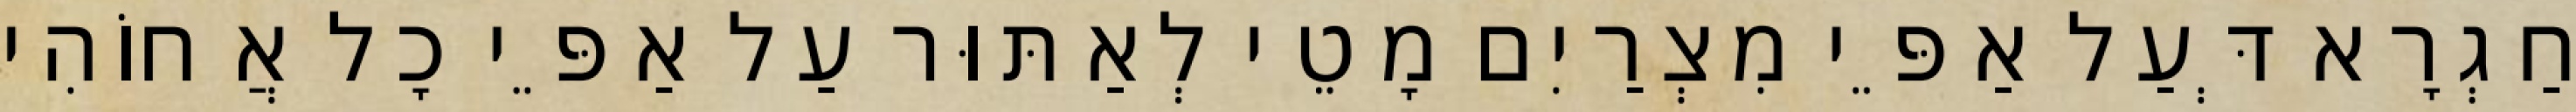
חַגְרָא דְּעַל אַפֵּי מִצְרַיִם מָטֵי לְאַתּוּר עַל אַפֵּי כָל אֲחוֹהִי